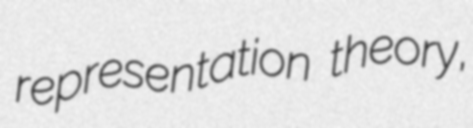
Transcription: representation theory,